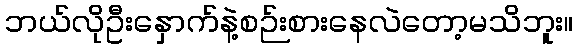
ဘယ်လိုဦးနှောက်နဲ့စဉ်းစားနေလဲတော့မသိဘူး။